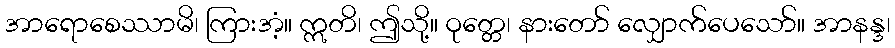
အာရောစေဿာမိ၊ ကြားအံ့။ ဣတိ၊ ဤသို့။ ဝုတ္တေ၊ နားတော် လျှောက်ပေသော်။ အာနန္ဒ၊